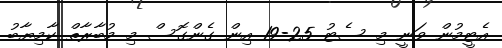
އެޓީމުން ވަނީ މި ސެޓު 25-19 އިން ގެންގޮސް މި މުބާރާތް ކާމިޔާބު